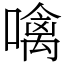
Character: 噙